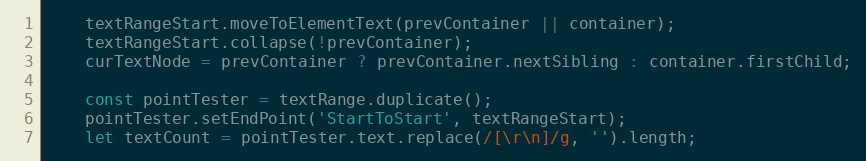
Language: JavaScript
    textRangeStart.moveToElementText(prevContainer || container);
    textRangeStart.collapse(!prevContainer);
    curTextNode = prevContainer ? prevContainer.nextSibling : container.firstChild;

    const pointTester = textRange.duplicate();
    pointTester.setEndPoint('StartToStart', textRangeStart);
    let textCount = pointTester.text.replace(/[\r\n]/g, '').length;